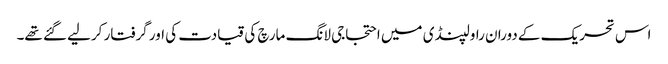
اس تحریک کے دوران راولپنڈی میں احتجاجی لانگ مارچ کی قیادت کی اور گرفتار کرلیے گئے تھے۔